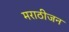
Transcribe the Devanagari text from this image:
मराठीजन